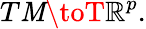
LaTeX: T\mathit{M}\toT\mathbb{{R}}^{p}.